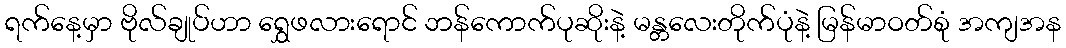
ရက်နေ့မှာ ဗိုလ်ချုပ်ဟာ ရွှေဖလားရောင် ဘန်ကောက်ပုဆိုးနဲ့ မန္တလေးတိုက်ပုံနဲ့ မြန်မာဝတ်စုံ အကျအန